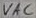
Text: VAC